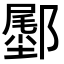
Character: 𬪛